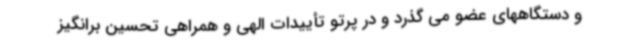
و دستگاههای عضو می گذرد و در پرتو تأییدات الهی و همراهی تحسین برانگیز